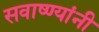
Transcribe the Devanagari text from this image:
सवाष्ण्यांनी